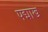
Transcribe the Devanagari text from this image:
पद्माख